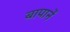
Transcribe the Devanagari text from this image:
बापानें